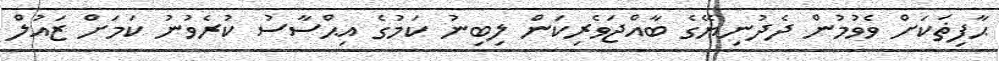
ޙާފިޡަކަށް ވެވުމުން ދެދުނިޔޭގެ ބާއްޖަވެރިކަން ލިބިނު ކަމުގެ އިޙްސާސު ކުރެވުނު ކަމަށް ޒައުލް